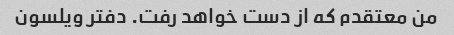
من معتقدم که از دست خواهد رفت. دفتر ویلسون